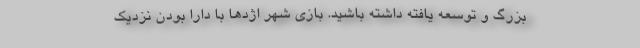
بزرگ و توسعه یافته داشته باشید. بازی شهر اژدها با دارا بودن نزدیک